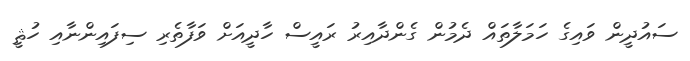
ސައުދީން ވައިގެ ހަމަލާތައް ދެމުން ގެންދާއިރު ރައީސް ހާދީއަށް ވަފާތެރި ސިފައިންނާއި ހުޘީ